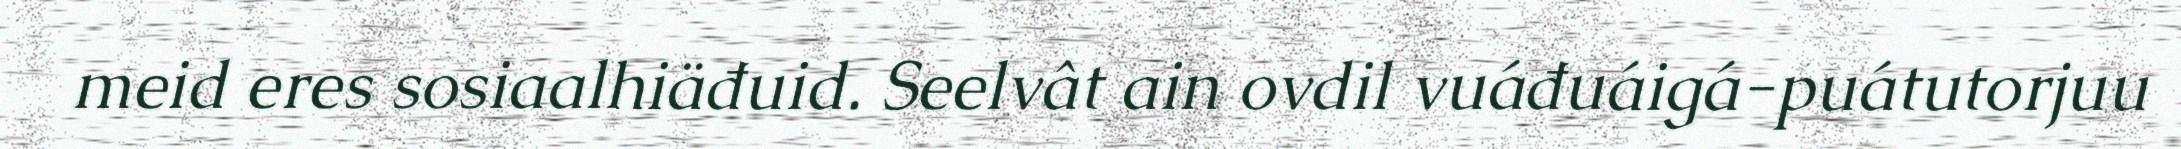
meid eres sosiaalhiäđuid. Seelvât ain ovdil vuáđuáigá-puátutorjuu